Annual report on the working of the mental hospitals in the Madras Presidency - 1912-1932
Year: 1912
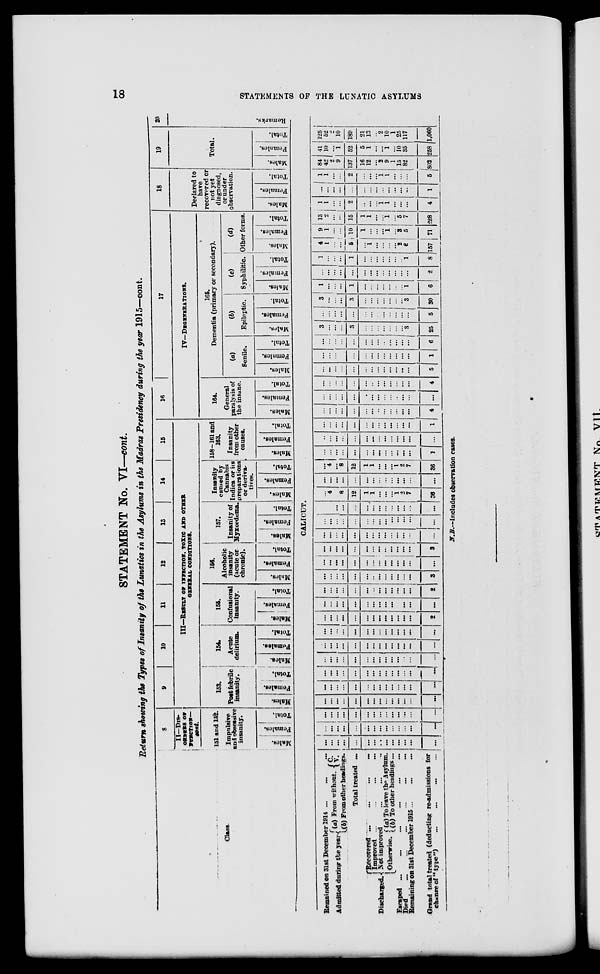
18
STATEMENTS OF THE LUNATIC ASYLUMS
STATEMENT No. VI—cont.
Return showing the Types of Insanity of the Lunatics in the Asylums in the Madras Presidency during the year 1915—cont.
Class.
8
II—DIS-
ORDERS OF
FUNCTION—
cont.
151 and 152.
Impulsive
and obsessive
insanity.
Males.
Females.
Total.
9
10
11 12 13 14
15
III—RESULT OF INFECTION, TOXIC AND OTHER
GENERAL CONDITIONS.
153.
Post febrile
insanity.
Males.
Females.
Total.
154.
Acute
delirium.
Males.
Females.
Total.
155.
Confusional
insanity.
Males.
Females.
Total.
156.
Alcoholic
insanity
(acute or
chronic).
Males.
Females.
Total.
157.
Insanity of
Myxœdema.
Males.
Females.
Total.
Insanity
caused by
Cannabis
Indica or its
preparations
or deriva-
tives.
Males.
Females.
Total.
158—161 and
163.
Insanity
from other
causes.
Males.
Females.
Total.
16
17
IV— DEGENERATIONS.
164.
General
paralysis of
the insane.
Mal es .
CALICUT.
Remained on 31st December 1914 ... ... ...
Admitted during the year (a) From without. C.
V.
(b) From other headings.
Total treated ...
Discharged.
Recovered ... ... ... ...
Improved
...
...
...
...
Not improved
...
...
...
Otherwise. (a) To leave the Asylum.
(b) To other headings ...
Escaped
...
...
...
...
...
...
Died
...
...
...
...
...
...
Remaining on 31st December 1915 ... ... ...
Grand total treated (deducting re-admissions for
change of "type") ... ... ... ...
...
...
...
...
...
...
...
...
...
...
...
...
...
...
...
...
...
...
...
...
...
...
...
...
...
...
...
...
...
...
...
...
...
...
...
...
...
...
...
...
...
...
...
...
...
...
...
...
...
...
...
...
...
...
...
...
...
...
...
...
...
...
...
...
...
...
...
...
...
...
...
...
...
...
...
...
...
...
...
...
...
...
...
...
...
...
...
...
...
...
...
...
...
...
...
...
...
...
...
...
...
...
...
...
...
...
...
...
...
...
...
...
...
...
...
...
...
...
...
...
...
...
...
...
...
...
...
...
...
...
...
...
...
...
...
...
...
...
...
2
...
...
...
...
...
...
...
...
...
...
...
...
...
...
...
...
...
...
...
...
...
...
...
...
...
...
...
2
...
...
...
...
...
...
...
...
...
...
...
...
...
3
...
...
...
...
...
...
...
...
...
...
...
...
...
...
...
...
...
...
...
...
...
...
...
...
...
...
...
3
...
...
...
...
...
...
...
...
...
...
...
...
...
...
...
...
...
...
...
...
...
...
...
...
...
...
...
...
...
...
...
...
...
...
...
...
...
...
...
...
...
...
...
4
...
8
12
1
1
...
...
...
1
2
7
36
...
...
...
...
...
...
...
...
...
...
...
...
...
...
...
4
...
8
12
1
1
...
...
...
1
2
7
36
...
...
...
...
...
...
...
...
...
...
...
...
...
1
...
...
...
...
...
...
...
...
...
...
...
...
...
...
...
...
...
...
...
...
...
...
...
...
...
...
...
1
...
... ...
...
...
...
...
...
...
...
...
...
...
4
Femal es .
Total.
165.
Dementia (primary or secondary).
(a)
Senile.
Males.
Females.
Total.
(b)
Epileptic.
Males.
Females.
Total.
(c)
Syphilitic.
Males.
Females.
Total.
(d)
Other forms.
Males.
Females.
Total.
18
Declared to
have
recovered or
not yet
diagnosed,
or under
observation.
Males.
Females.
Total.
19
Total.
Males.
Females.
Total.
20
Re ma r
ks .
...
...
...
...
...
...
...
...
...
...
...
...
...
...
...
...
...
...
...
...
...
...
...
...
...
...
...
4
...
...
...
...
...
...
...
...
...
...
...
...
...
5
...
...
...
...
...
...
...
...
...
...
...
...
...
1
...
...
...
...
...
...
...
...
...
...
...
...
...
6
3
...
...
...
3
...
...
...
...
...
...
...
3
25
...
...
...
...
...
...
...
...
...
...
...
...
...
5
3
...
...
...
3
...
...
...
...
...
...
...
3
30
1
...
...
...
1
...
...
...
...
...
...
...
1
6
...
...
...
...
...
...
...
...
...
...
...
...
...
2
1
...
...
...
1
...
...
...
...
...
...
...
1
8
4
1
...
...
5
...
1
...
...
...
...
2
2
157
9
1
...
...
10
1
...
...
...
1
...
3
5
71
13
2
...
...
15
1
1
...
...
1
...
5
7
228
1
1
...
...
2
...
...
...
1
1
...
...
...
4
...
...
...
...
...
...
...
...
...
...
...
...
...
1
1
1
...
...
2
...
...
...
1
1
...
...
...
5
84
42
2
9
137
16
12
...
2
9
1
15
82
802
41
10
...
1
52
5
1
...
...
1
...
10
35
258
125
52
2
10
189
21
13
...
2
10
1
25
117
1,060
N.B.—Includes observation cases.